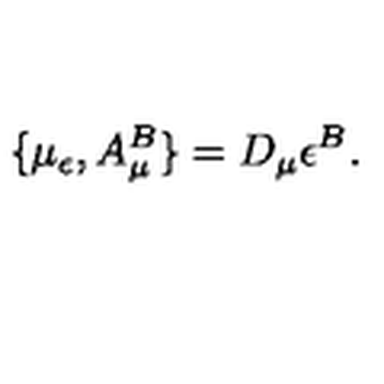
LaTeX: \{ \mu _ { \epsilon } , A _ { \mu } ^ { B } \} = D _ { \mu } \epsilon ^ { B } .